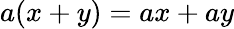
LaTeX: a(x+y)=ax+ay